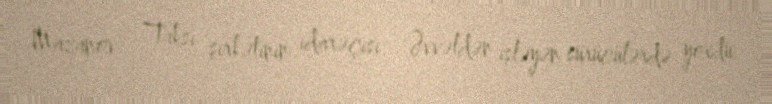
Mazanov - Taksi şirkətinin idarəçisi: "Əvvəldən işləyən sürücülərdə yoxdu.